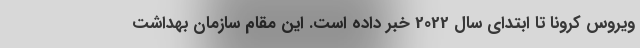
ویروس کرونا تا ابتدای سال 2022 خبر داده است. این مقام سازمان بهداشت